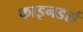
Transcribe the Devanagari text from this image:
फाइनडर्स